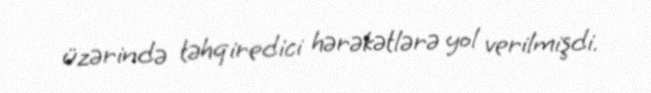
üzərində təhqiredici hərəkətlərə yol verilmişdi.